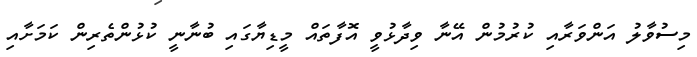
މިސުވާލު އަންވަރާއި ކުރުމުން އޭނާ ވިދާޅުވީ އޮފާތައް މީޑިޔާގައި ބުނާނީ ކުޅުންތެރިން ކަމަށާއި